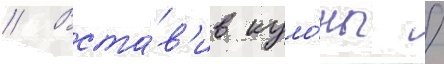
// Вста́в'ив куло́ны /